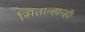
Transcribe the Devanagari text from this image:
सितान्हान्ही